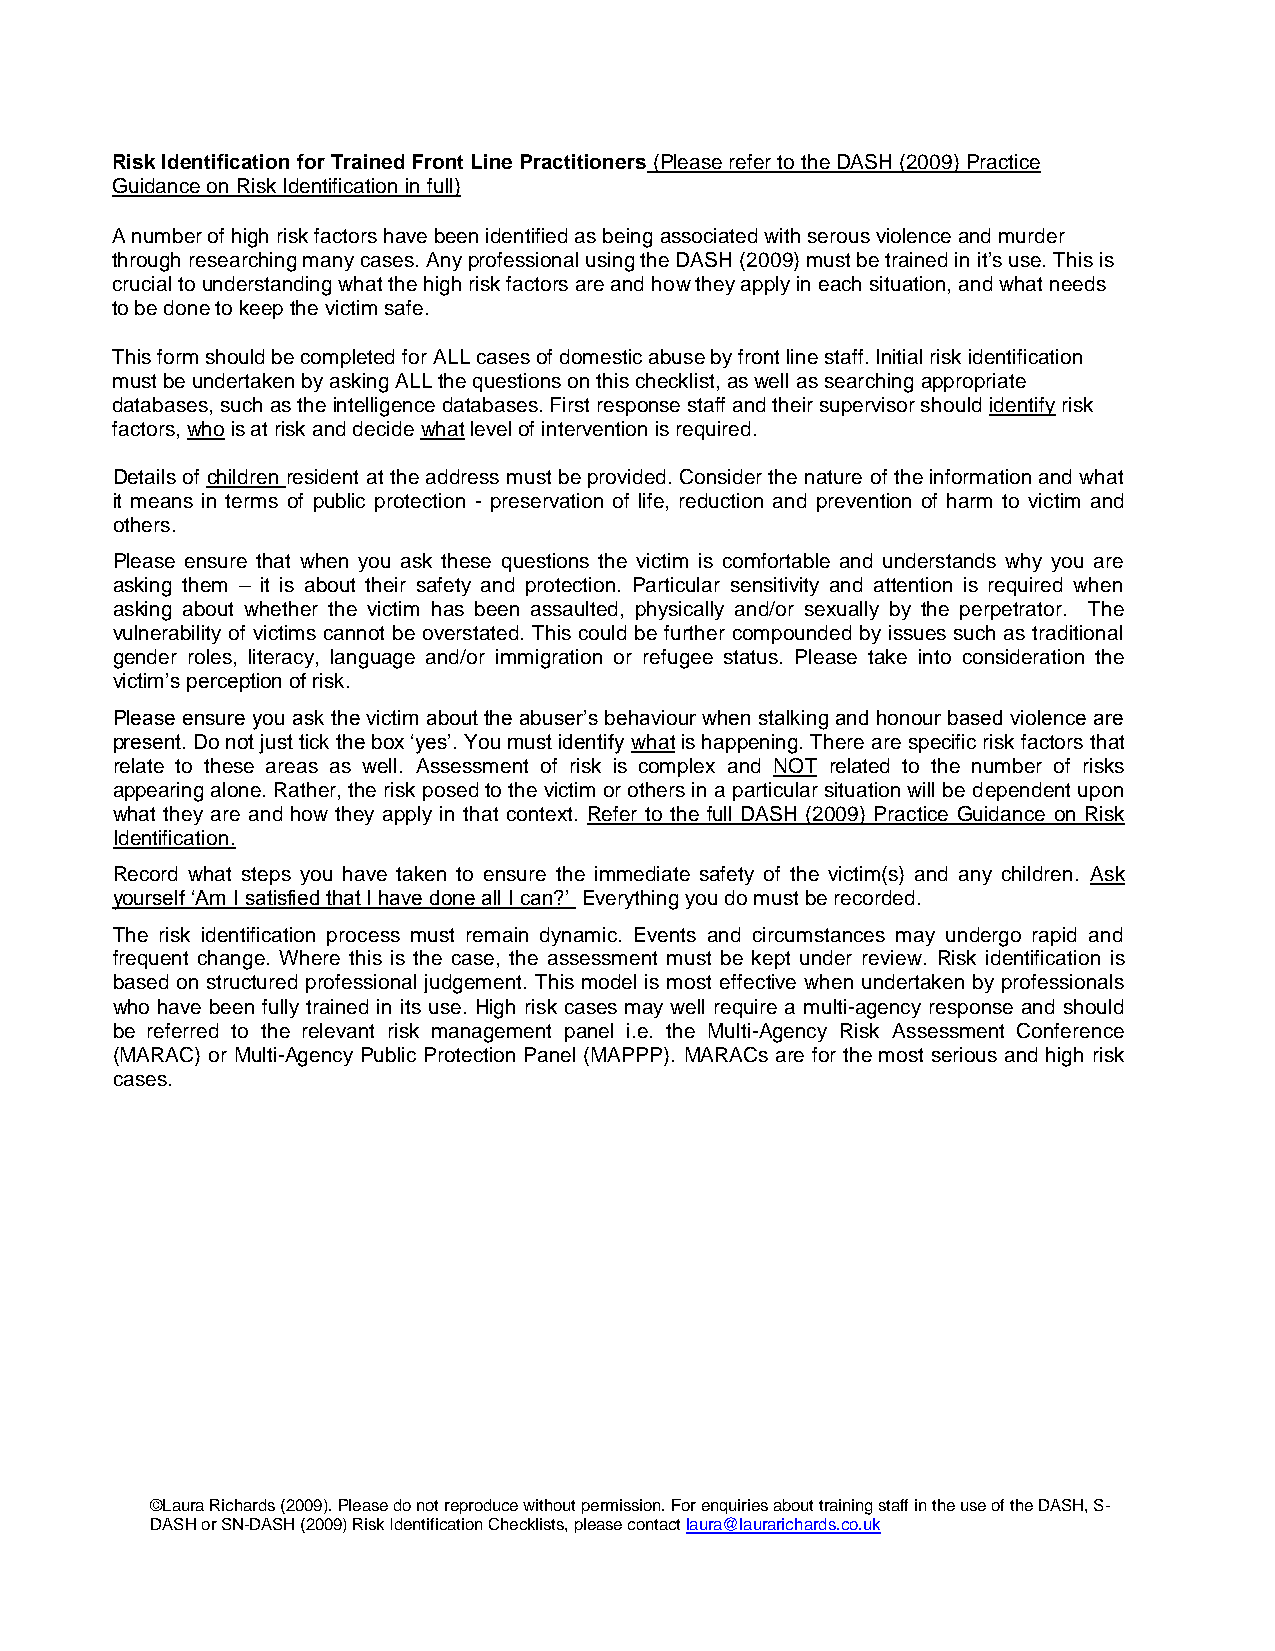
Risk Identification for Trained Front Line Practitioners (Please refer to the DASH (2009) Practice
 Guidance on Risk Identification in full)
 A number of high risk factors have been identified as being associated with serous violence and murder
 through researching many cases. Any professional using the DASH (2009) must be trained in it’s use. This is
 crucial to understanding what the high risk factors are and how they apply in each situation, and what needs
 to be done to keep the victim safe.
 This form should be completed for ALL cases of domestic abuse by front line staff. Initial risk identification
 must be undertaken by asking ALL the questions on this checklist, as well as searching appropriate
 databases, such as the intelligence databases. First response staff and their supervisor should identify risk
 factors, who is at risk and decide what level of intervention is required.
 Details of children resident at the address must be provided. Consider the nature of the information and what
 it means in terms of public protection - preservation of life, reduction and prevention of harm to victim and
 others.
 Please ensure that when you ask these questions the victim is comfortable and understands why you are
 asking them – it is about their safety and protection. Particular sensitivity and attention is required when
 asking about whether the victim has been assaulted, physically and/or sexually by the perpetrator. The
 vulnerability of victims cannot be overstated. This could be further compounded by issues such as traditional
 gender roles, literacy, language and/or immigration or refugee status. Please take into consideration the
 victim’s perception of risk.
 Please ensure you ask the victim about the abuser’s behaviour when stalking and honour based violence are
 present. Do not just tick the box ‘yes’. You must identify what is happening. There are specific risk factors that
 relate to these areas as well. Assessment of risk is complex and NOT related to the number of risks
 appearing alone. Rather, the risk posed to the victim or others in a particular situation will be dependent upon
 what they are and how they apply in that context. Refer to the full DASH (2009) Practice Guidance on Risk
 Identification.
 Record what steps you have taken to ensure the immediate safety of the victim(s) and any children. Ask
 yourself ‘Am I satisfied that I have done all I can?’ Everything you do must be recorded.
 The risk identification process must remain dynamic. Events and circumstances may undergo rapid and
 frequent change. Where this is the case, the assessment must be kept under review. Risk identification is
 based on structured professional judgement. This model is most effective when undertaken by professionals
 who have been fully trained in its use. High risk cases may well require a multi-agency response and should
 be referred to the relevant risk management panel i.e. the Multi-Agency Risk Assessment Conference
 (MARAC) or Multi-Agency Public Protection Panel (MAPPP). MARACs are for the most serious and high risk
 cases.
 ©Laura Richards (2009). Please do not reproduce without permission. For enquiries about training staff in the use of the DASH, S-
 DASH or SN-DASH (2009) Risk Identification Checklists, please contact laura@laurarichards.co.uk